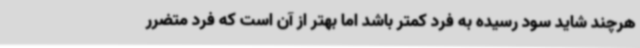
هرچند شاید سود رسیده به فرد کمتر باشد اما بهتر از آن است که فرد متضرر